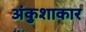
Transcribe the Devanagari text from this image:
अंकुशाकार